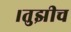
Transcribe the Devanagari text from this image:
।तुझीच